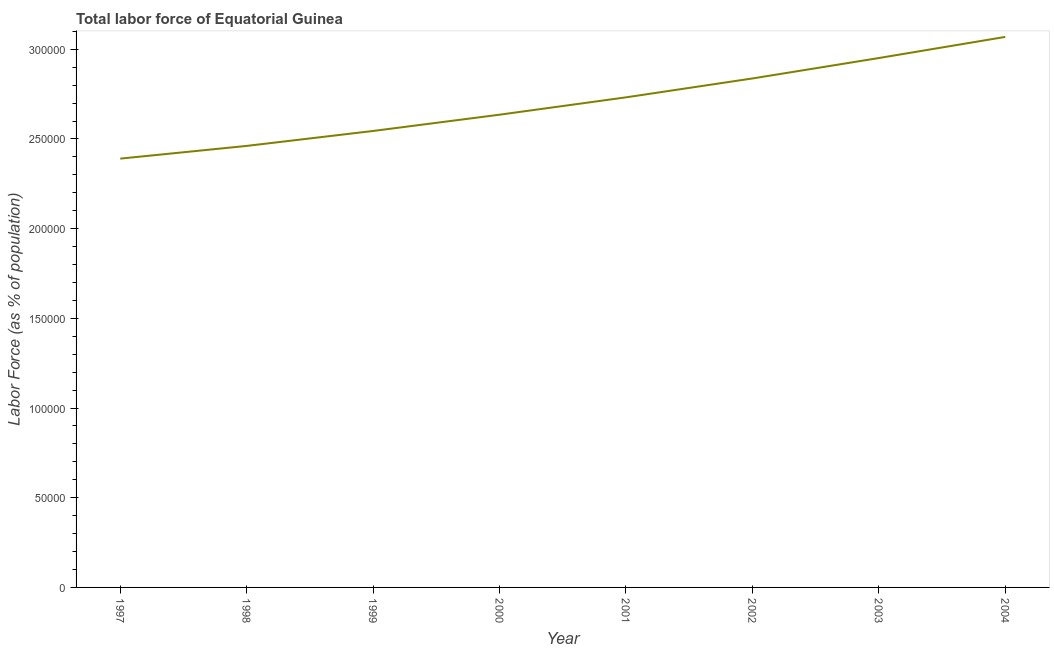
| Year | Labor force |
 | --- | --- |
 | 1997 | 2.39e+05 |
 | 1998 | 2.46e+05 |
 | 1999 | 2.54e+05 |
 | 2000 | 2.64e+05 |
 | 2001 | 2.73e+05 |
 | 2002 | 2.84e+05 |
 | 2003 | 2.95e+05 |
 | 2004 | 3.07e+05 |